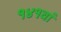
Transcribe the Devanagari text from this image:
१४१वां